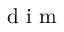
\mathrm { ~ d ~ i ~ m ~ }